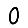
Digit: 0